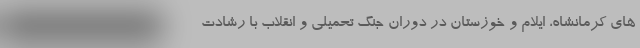
های کرمانشاه، ایلام و خوزستان در دوران جنگ تحمیلی و انقلاب با رشادت